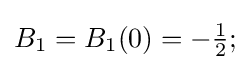
B_{1}=B_{1}(0)=-{\tfrac {1}{2}};